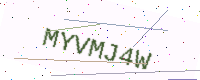
Text: MYVMJ4W